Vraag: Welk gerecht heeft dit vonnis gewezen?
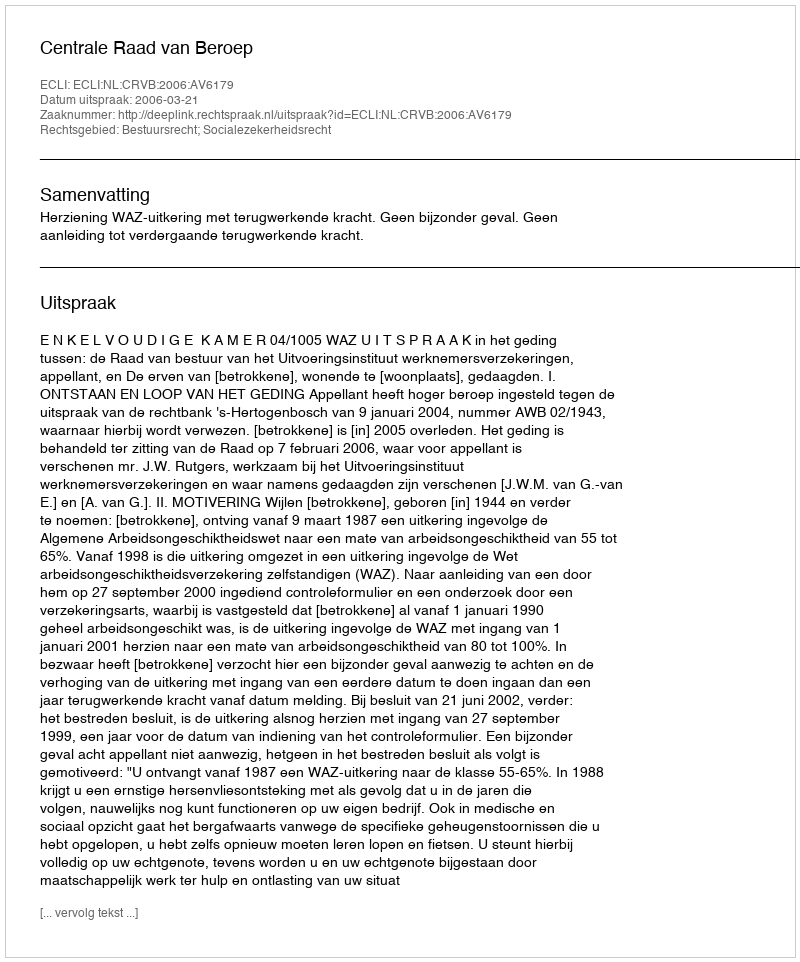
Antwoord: Centrale Raad van Beroep